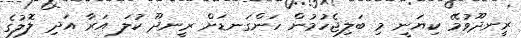
ރީނދޫވުމޭ ކިޔަނީ މި ބަލިޖެހުމުން ހަންގަނޑަށް ރީނދޫ ކުލަ އަރާ އަދި ލޮލުގެ